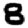
Digit: 8